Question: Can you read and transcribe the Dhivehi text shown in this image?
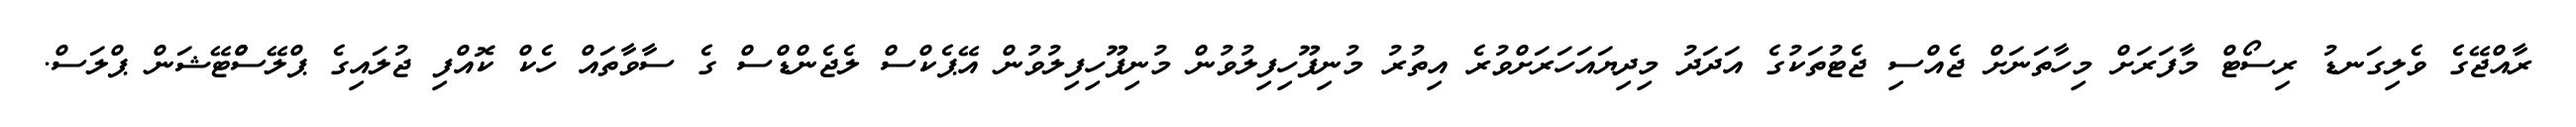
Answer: ރާއްޖޭގެ ވެލިގަނޑު ރިސޯޓް މާފަރަށް މިހާތަނަށް ޖެއްސި ޖެޓުތަކުގެ އަދަދު މިދިޔައަހަރަށްވުރެ އިތުރު މުނިފޫހިފިލުވުން މުނިފޫހިފިލުވުން އޭޕެކްސް ލެޖެންޑްސް ގެ ސާވާތައް ހެކް ކޮއްފި ޖުލައިގެ ޕްލޭސްްޓޭޝަން ޕްލަސް.